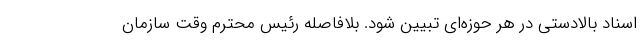
اسناد بالادستی در هر حوزه‌ای تبیین شود. بلافاصله رئیس محترم وقت سازمان